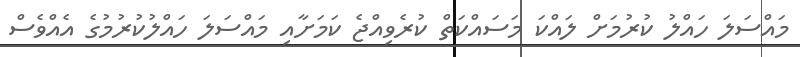
މައްސަލަ ހައްލު ކުރުމަށް ލައްކަ މަސައްކަތް ކުރެވިއްޖެ ކަމަށާއި މައްސަލަ ހައްލުކުރުމުގެ އެއްވެސް